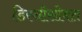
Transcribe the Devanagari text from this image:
डिस्नीसोबत